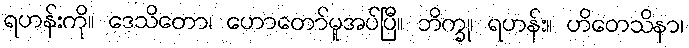
ရဟန်းကို။ ဒေသိတော၊ ဟောတော်မူအပ်ပြီ။ ဘိက္ခု၊ ရဟန်း။ ဟိတေသိနာ၊